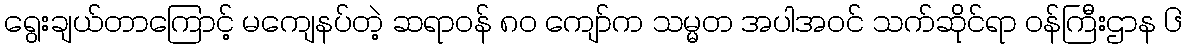
ရွေးချယ်တာကြောင့် မကျေနပ်တဲ့ ဆရာဝန် ၈၀ ကျော်က သမ္မတ အပါအဝင် သက်ဆိုင်ရာ ဝန်ကြီးဌာန ၆